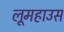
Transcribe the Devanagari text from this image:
लूमहाउस